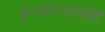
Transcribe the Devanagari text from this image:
फुटबॉलसाठीही